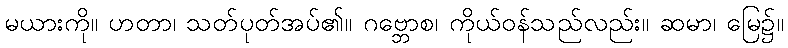
မယားကို။ ဟတာ၊ သတ်ပုတ်အပ်၏။ ဂဗ္ဘောစ၊ ကိုယ်ဝန်သည်လည်း။ ဆမာ၊ မြေ၌။